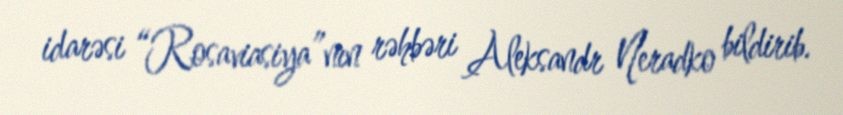
idarəsi “Rosaviasiya”nın rəhbəri Aleksandr Neradko bildirib.